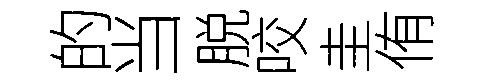
的当脱咬圭侑